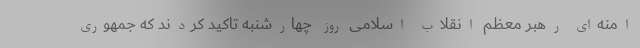
امنه‌ای رهبر معظم انقلاب اسلامی روز چهارشنبه تاکید کردند که جمهوری